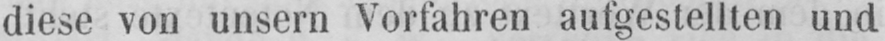
diese von unsern Vorfahren aufgestellten und